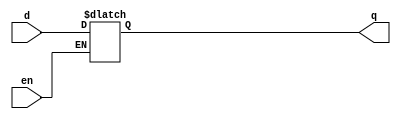
module dlatch( input d, en, output reg q );
	always @* begin
		if ( en )
			q = d;
	end
endmodule